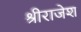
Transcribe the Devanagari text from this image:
श्रीराजेश